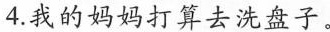
4.我的妈妈打算去洗盘子.。